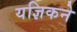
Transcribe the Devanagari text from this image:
यज्ञिकने